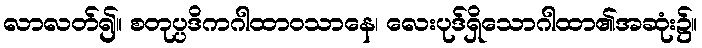
လာလတ်၍။ စတုပ္ပဒိကဂါထာဝသာနေ၊ လေးပုဒ်ရှိသောဂါထာ၏အဆုံး၌။